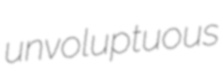
unvoluptuous